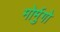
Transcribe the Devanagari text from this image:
मोर्मुगो